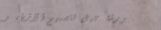
ورشة عمل لتصميم الأزياء و